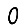
Digit: 0